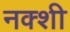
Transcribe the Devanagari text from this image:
नक्शी